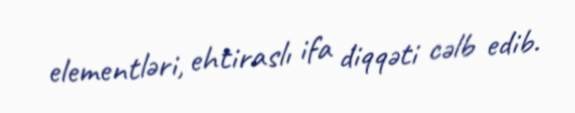
elementləri, ehtiraslı ifa diqqəti cəlb edib.